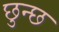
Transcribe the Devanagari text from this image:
छुन्छ